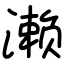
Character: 濑